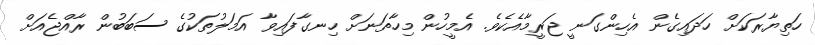
ހަތިޔާރަކަށް ހަދައިގެން އެހިންގަނީ ޖަރީމާއެކެވެ. އެމީހުން މިހާތަނަށް ހިނގާފައިވާ އަމަލުތަކުގެ ސަބަބުން ރާއްޖެއަށް